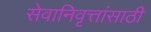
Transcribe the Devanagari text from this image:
सेवानिवृत्तांसाठी